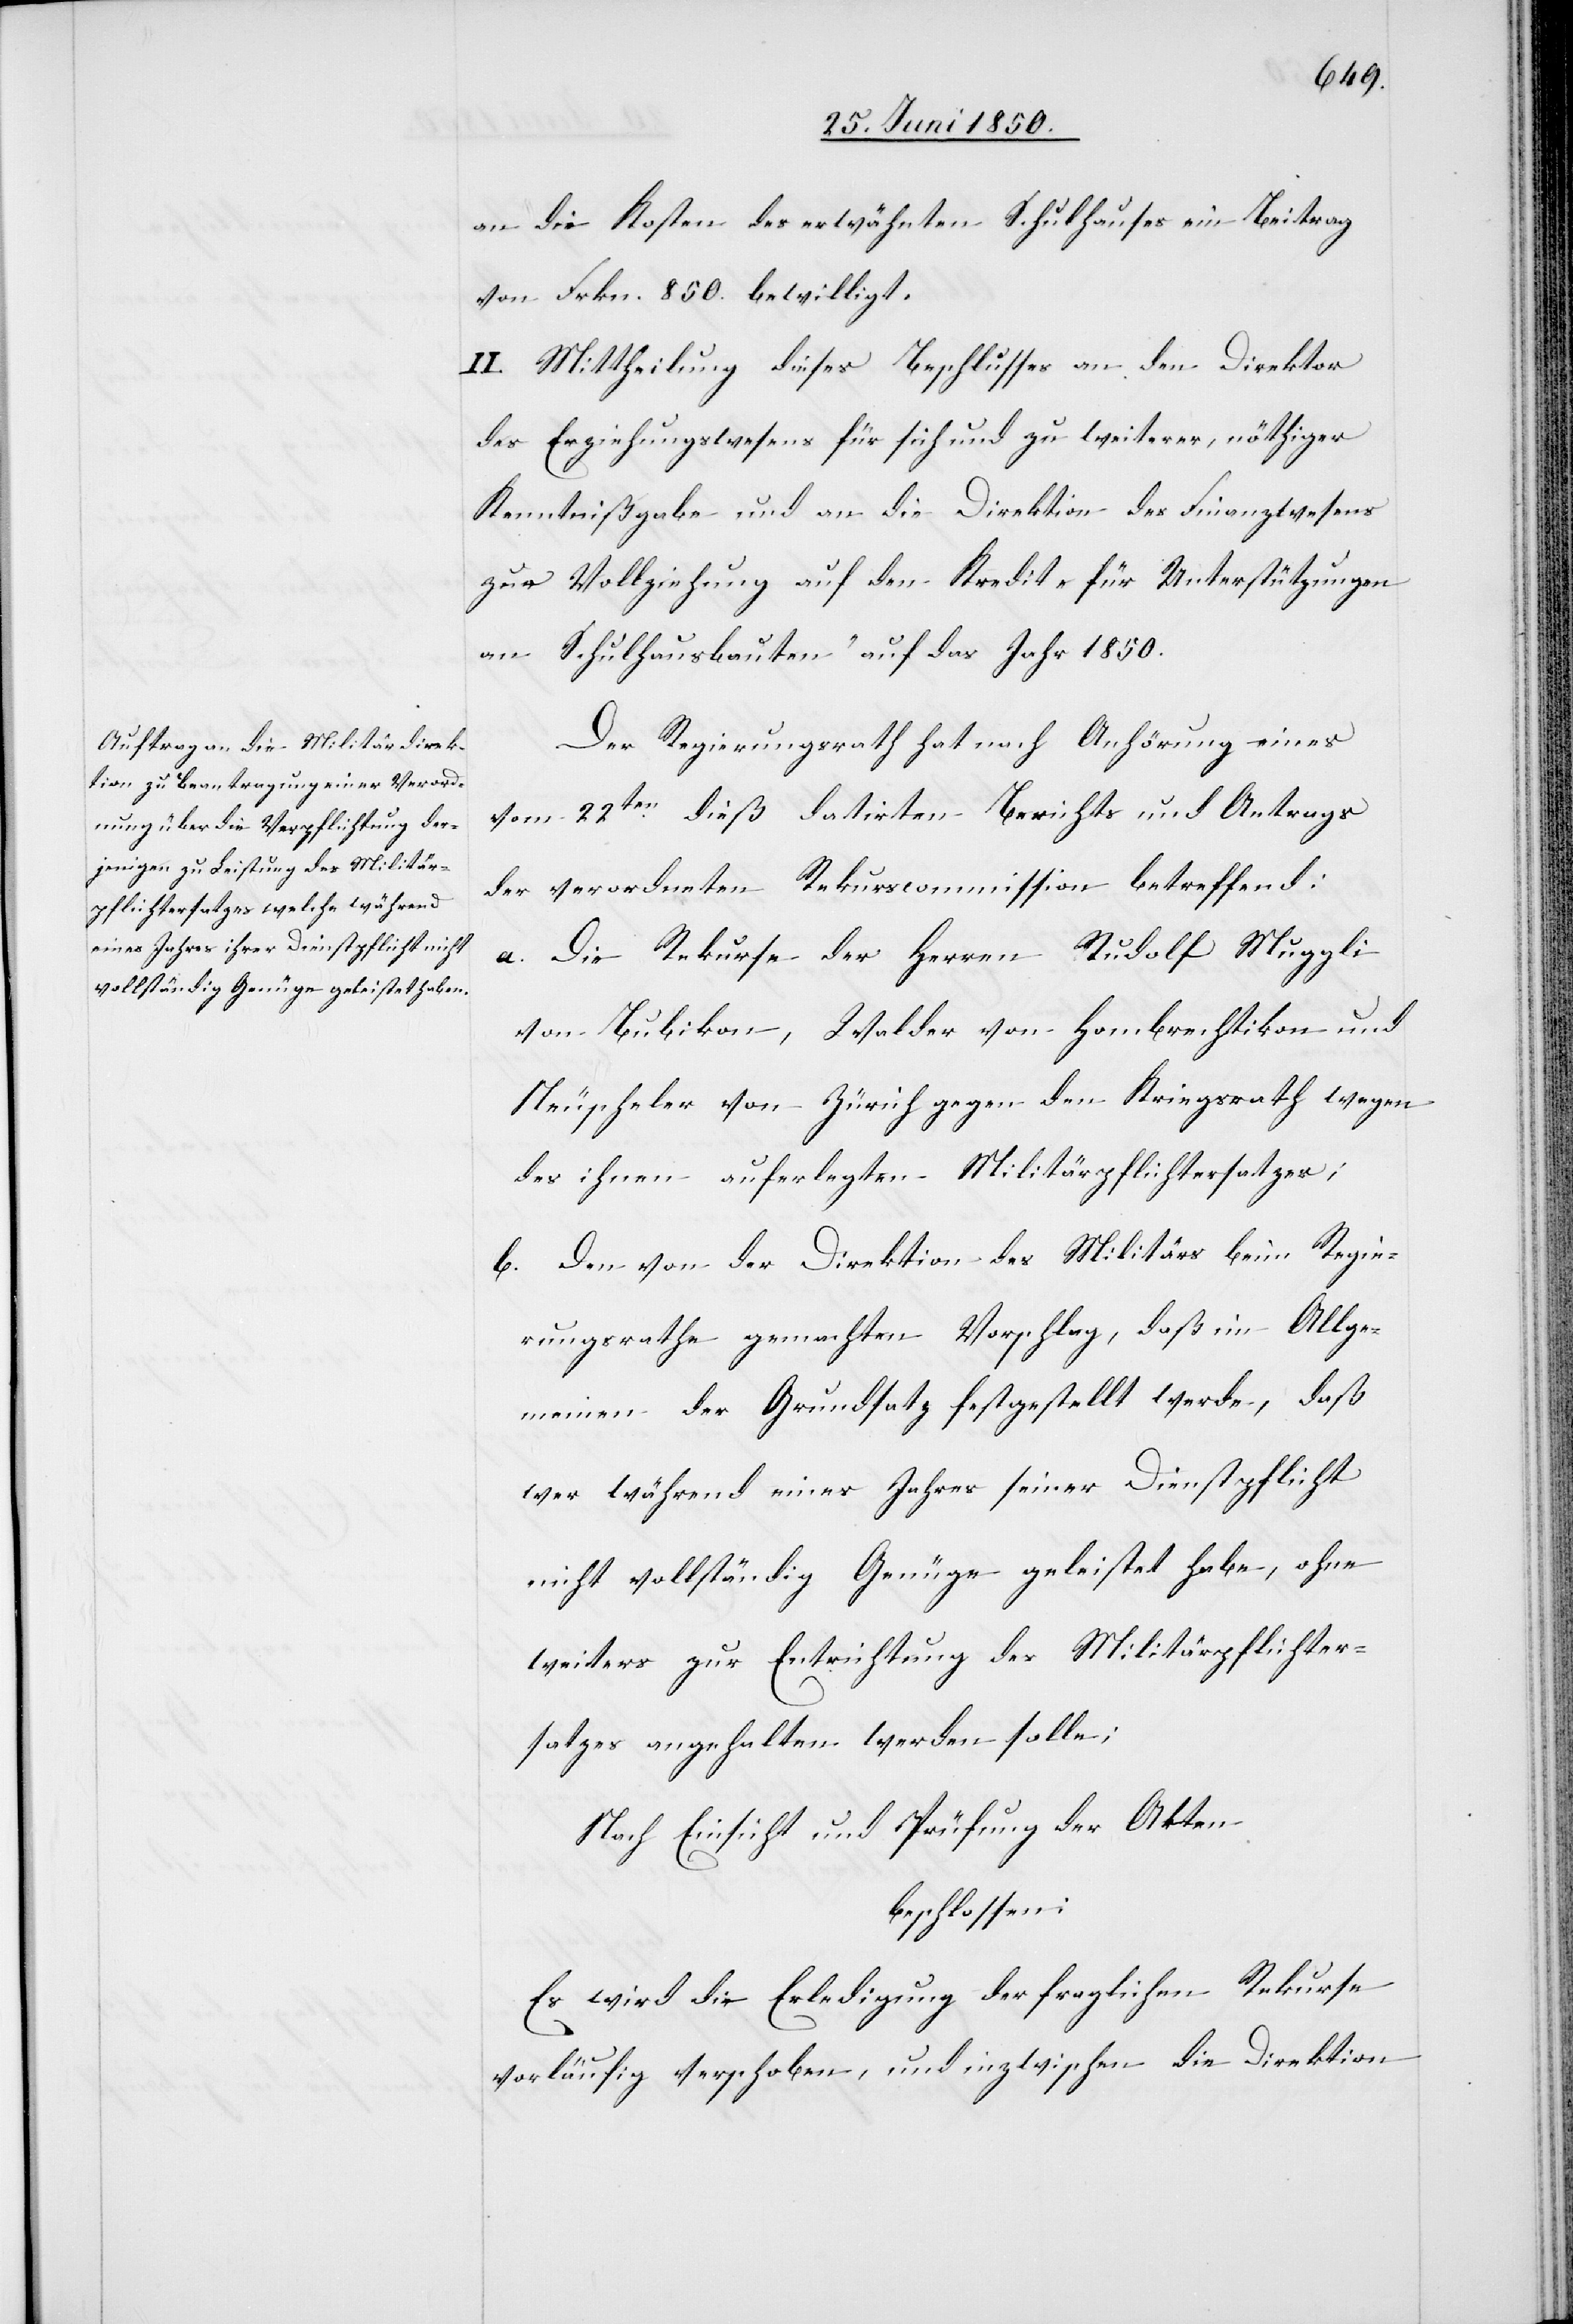
an die Kosten des erwähnten Schulhauses ein Beitrag
von Frkn. 850. bewilligt.
II. Mittheilung dieses Beschlusses an den Direktor
des Erziehungswesens für sich und zu weiterer, nöthiger
Kenntnißgabe und an die Direktion des Finanzwesens
zur Vollziehung auf den Kredit „für Unterstützungen
an Schulhausbauten“ auf das Jahr 1850.
Der Regierungsrath hat nach Anhörung eines
vom 22ten dieß datirten Berichts und Antrags
der verordneten Rekurscommisson betreffend:
a. Die Rekurse der Herren Rudolf Muggli
von Bubikon, Walder von Hombrechtikon und
Neuscheler von Zürich gegen den Kriegsrath wegen
des ihnen auferlegten Militärpflichtersatzes;
b. Den von der Direktion des Militärs beim Regie¬
rungsrathe gemachten Vorschlag, daß im Allge¬
meinen der Grundsatz festgestellt werde, daß
wer während eines Jahres seiner Dienstpflicht
nicht vollständig Genüge geleistet habe, ohne
weiters zur Entrichtung des Militärpflichter¬
satzes angehalten werden solle;
Nach Einsicht und Prüfung der Akten
beschlossen:
Es wird die Erledigung der fraglichen Rekurse
vorläufig verschoben, und inzwischen die Direktion